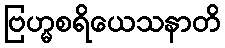
ဗြဟ္မစရိယေသနာတိ